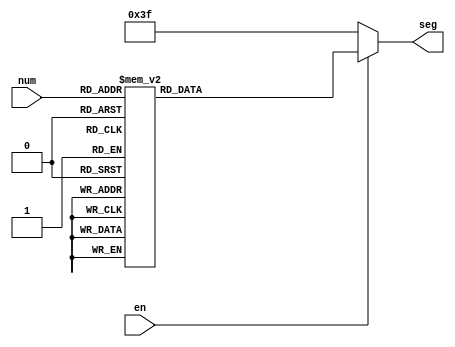
/*
 *  Copyright (c) 2009  Zeus Gomez Marmolejo <zeus@opencores.org>
 *
 *  This file is part of the Zet processor. This processor is free
 *  hardware; you can redistribute it and/or modify it under the terms of
 *  the GNU General Public License as published by the Free Software
 *  Foundation; either version 3, or (at your option) any later version.
 *
 *  Zet is distrubuted in the hope that it will be useful, but WITHOUT
 *  ANY WARRANTY; without even the implied warranty of MERCHANTABILITY
 *  or FITNESS FOR A PARTICULAR PURPOSE. See the GNU General Public
 *  License for more details.
 *
 *  You should have received a copy of the GNU General Public License
 *  along with Zet; see the file COPYING. If not, see
 *  <http://www.gnu.org/licenses/>.
 */

module seg_7 (
    input      [3:0] num,
    input            en,
    output reg [6:0] seg
  );

  // Behaviour
  always @(num or en)
    if (!en) seg <= 7'h3f;
    else
      case (num)
      4'h0: seg <= {1'b1,1'b0,1'b0,1'b0,1'b0,1'b0,1'b0};
      4'h1: seg <= {1'b1,1'b1,1'b1,1'b1,1'b0,1'b0,1'b1};
      4'h2: seg <= {1'b0,1'b1,1'b0,1'b0,1'b1,1'b0,1'b0};
      4'h3: seg <= {1'b0,1'b1,1'b1,1'b0,1'b0,1'b0,1'b0};
      4'h4: seg <= {1'b0,1'b0,1'b1,1'b1,1'b0,1'b0,1'b1};
      4'h5: seg <= {1'b0,1'b0,1'b1,1'b0,1'b0,1'b1,1'b0};
      4'h6: seg <= {1'b0,1'b0,1'b0,1'b0,1'b0,1'b1,1'b0};
      4'h7: seg <= {1'b1,1'b1,1'b1,1'b1,1'b0,1'b0,1'b0};
      4'h8: seg <= {1'b0,1'b0,1'b0,1'b0,1'b0,1'b0,1'b0};
      4'h9: seg <= {1'b0,1'b0,1'b1,1'b0,1'b0,1'b0,1'b0};
      4'ha: seg <= {1'b0,1'b0,1'b0,1'b1,1'b0,1'b0,1'b0};
      4'hb: seg <= {1'b0,1'b0,1'b0,1'b0,1'b0,1'b1,1'b1};
      4'hc: seg <= {1'b0,1'b1,1'b0,1'b0,1'b1,1'b1,1'b1};
      4'hd: seg <= {1'b0,1'b1,1'b0,1'b0,1'b0,1'b0,1'b1};
      4'he: seg <= {1'b0,1'b0,1'b0,1'b0,1'b1,1'b1,1'b0};
      4'hf: seg <= {1'b0,1'b0,1'b0,1'b1,1'b1,1'b1,1'b0};
      endcase

endmodule